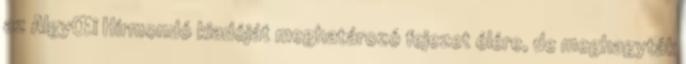
az AlgyŒi Hírmondó kiadóját meghatározó fejezet élére, de meghagyták